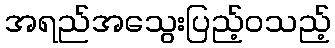
အရည်အသွေးပြည့်ဝသည့်